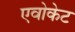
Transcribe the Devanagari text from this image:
एवोकेट